Annual report on the working of the Harcourt Butler Institute of Public Health, Rangoon
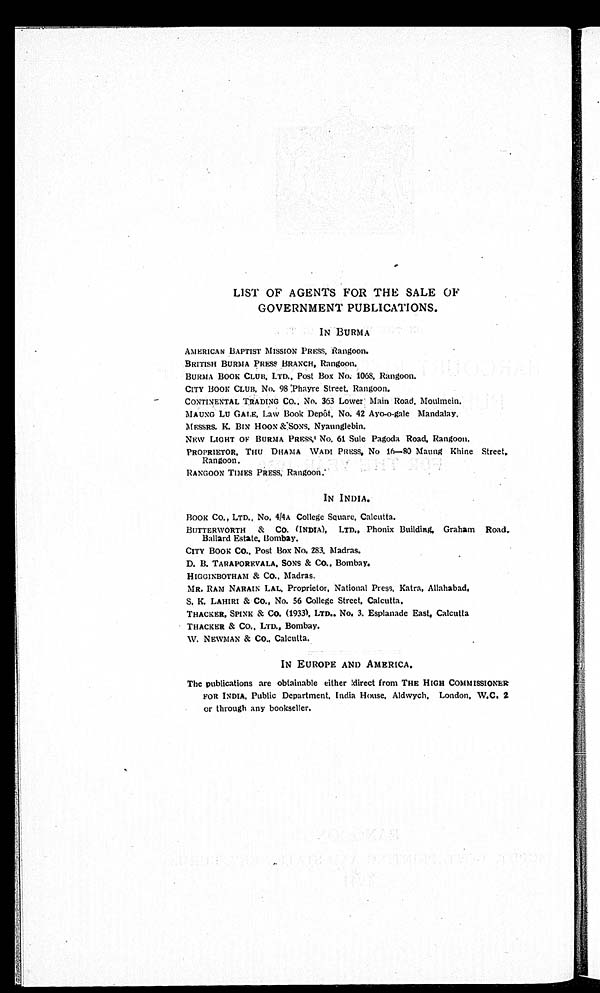
LIST OF AGENTS FOR THE SALE OF
GOVERNMENT PUBLICATIONS.
IN BURMA
AMERICAN BAPTIST MISSION PRESS, Rangoon.
BRITISH BURMA PRESS BRANCH, Rangoon.
BURMA BOOK CLUB, LTD., Post Box No. 1068, Rangoon.
CITY BOOK CLUB, No. 98 Phayre Street, Rangoon.
CONTINENTAL TRADING CO., No. 363 Lower Main Road, Moulmein.
MAUNG LU GALE, Law Book Depôt, No. 42 Ayo-o-gale Mandalay.
MESSRS. K. BIN HOON & SONS, Nyaunglebin.
NEW LIGHT OF BURMA PRESS No. 61 Sule Pagoda Road, Rangoon.
PROPRIETOR, THU DHAMA WADI PRESS, No 16—80 Maung Khine Street,
Rangoon.
RANGOON TIMES PRESS, Rangoon.
IN INDIA.
BOOK CO., LTD., No. 4/4A College Square, Calcutta.
BUTTERWORTH & CO. (INDIA), LTD., Phonix Building, Graham Road
, Ballard Estate, Bombay.
CITY BOOK CO., Post Box No. 283, Madras.
D. B. TARAPOREVALA, SONS & CO., Bombay.
HIGGINBOTHAM & Co., Madras.
MR. RAM NARAIN LAL, Proprietor, National Press, Katra, Allahabad
.
S. K. LAHIRI & Co., No. 56 College Street, Calcutta.
THACKER, SPINK & CO. (1933), LTD., No. 3. Esplanade East, Calcutta
THACKER & CO., LTD., Bombay.
W. NEWMAN & Co., Calcutta.
IN EUROPE AND AMERICA.
The publications are obtainable either direct from THE HIGH COMMISSIONER
FOR INDIA. Public Department. India House, Aldwych, London, W.C. 2
or through any bookseller.